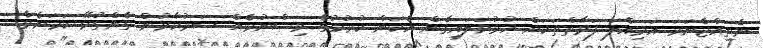
ނެތިއްޖެނަމަ އަމިއްލަ ފަރާތްތަކަށް ހުޅުވަލައިގެން އެކަން ކުރުމުގެ ވިސްނުމެއް ސަރުކާރުން ގެންގުޅޭ ކަމަށެވެ.